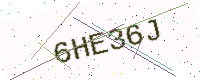
Text: 6HE36J